Medical and sanitary report of the native army of Bengal for the year
Year: 1874
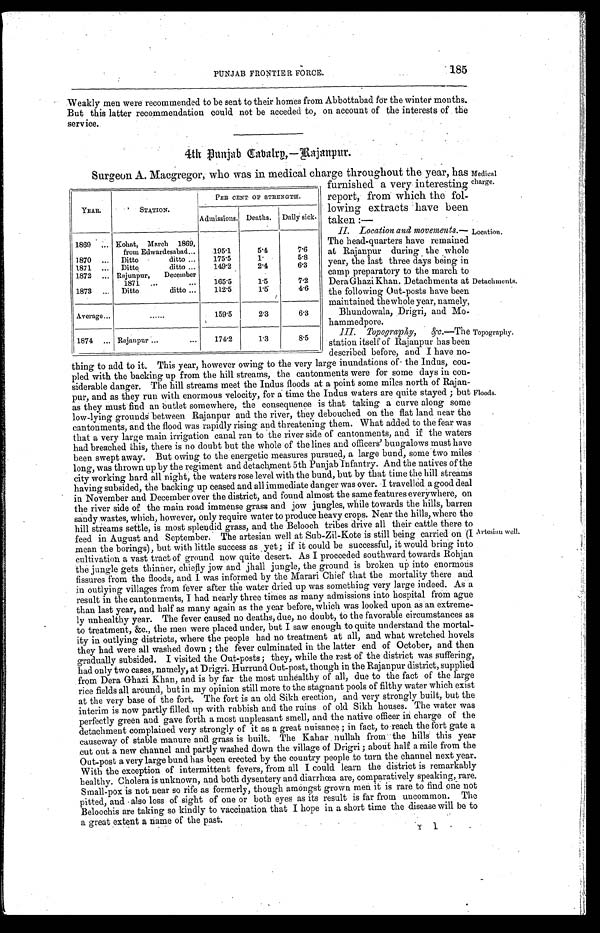
PUNJAB FRONTIER FORCE.
185
• Weakly men were recommended to be sent to their homes from Abbottabad for the winter months.
But this latter recommendation could not be acceded to, on account of the interests of the
service.
4 t h P u n j a b C a v a l r y . — R a j a n p u r
Surgeon A. Macgregor, who was in medical charge throughout the year, has Medical
charge.
YEAR.
STATION.
PER CENT OF STRENGTH.
Admissions. Deaths. Daily sick.
1869
. . . Kohat, March 1869,
from Edwardesabad...
195.1
5.4
7.6
1870 ... Ditto
ditto ...
175.5
1.
5.8
1871 ... Ditto
ditto ...
149.2
2.4
6 . 3
1872 ... Rajunpur, December
1871 ...
...
165.5
1.5
7.2
1873
Ditto
ditto ...
112.5
1.5
4.6
Average...
......
159.5
2.3
6.3
1874 ... Rajanpur ...
...
174.2
1.3
8.5
furnished a very interesting
report, from which the fol
lowing extracts have been
taken:—
II. Location and movements.—
The head-quarters have remained
at Rajanpur during the whole
year, the last three days being in
camp preparatory to the march to
Dera Ghazi Khan. Detachments at
the following Out-posts have been
maintained the whole year, namely,
Bhundowala, Drigri, and Mo-
hammedpore.
III. Topography,& c . — T h e
station itself of Rajanpur has been
described before, and I have no-
Location.
Detachments.
ropography.
thing to add to it. This year, however owing to the very large inundations of the Indus, cou
-pled with the backing up from the hill streams, the cantonments were for some days in con-
siderable danger. The hill streams meet the Indus floods at a point some miles north of Rajan--
pur, and as they run with enormous velocity, for a time the Indus waters are quite stayed; but
as they must find an outlet somewhere, the consequence is that taking a curve along some
low-lying grounds between Rajanpur and the river, they debouched on the flat land near the
cantonments, and the flood was rapidly rising and threatening them. What added to the fear was
that a very large main irrigation canal ran to the river side of cantonments, and if the waters
had breached this, there is no doubt but the whole of the lines and officers' bungalows must have
been swept away. But owing to the energetic measures pursued, a large bund, some two miles
long, was thrown up by the regiment and detachment 5th Punjab Infantry. And the natives of the
city working hard all night, the waters rose level with the bund, but by that time the hill streams
having subsided, the backing up ceased and all immediate danger was over. I travelled a good deal
in November and December over the district, and found almost the same features everywhere, on
the river side of the main road immense grass and jow jungles, while towards the hills, barren
sandy wastes, which, however, only require water to produce heavy crops. Near the hills, where the
hill streams settle, is most splendid grass, and the Belooch tribes drive all their cattle there to
feed in August and September. The artesian well at Sub-Zil-Kote is still being carried on (I
mean the borings), but with little success as yet; if it could be successful, it would bring into
cultivation a vast tract of ground now quite desert. As I proceeded southward towards Rohjan
the jungle gets thinner, chiefly jow and jhall jungle, the ground is broken up into enormous
fissures from the floods, and I was informed by the Marari Chief that the mortality there and
in outlying villages from fever after the water dried up was something very large indeed. As a
result in the cantonments, I had nearly three times as many admissions into hospital from ague
than last year, and half as many again as the year before, which was looked upon as an extreme-
ly unhealthy year. The fever caused no deaths, due, no doubt, to the favorable circumstances as
to treatment, &c., the men were placed under, but I saw enough to quite understand the mortal-
ity in outlying districts, where the people had no treatment at all, and what wretched hovels
they had were all washed down; the fever culminated in the latter end of October, and then
gradually subsided. I visited the Out-posts; they, while the rest of the district was suffering
had only two cases, namely, at Drigri. Hurrund Out-post, though in the Rajanpur district, supplied
from Dera Ghazi Khan, and is by far the most unhealthy of all, due to the fact of the large
rice fields all around, but in my opinion still more to the stagnant pools of filthy water which exist
at the very base of the fort. The fort is an old Sikh erection, and very strongly built, but the
interim is now partly filled up with rubbish and the ruins of old Sikh houses. The water was
perfectly green and gave forth a most unpleasant smell, and the native officer in charge of the
detachment complained very strongly of it as a great nuisance; in fact, to reach the fort gate a
causeway of stable manure and grass is built. The Kahar nullah from the hills this year
cut out a new channel and partly washed down the village of Drigri; about half a mile from the
Out-post a very large bund has been erected by the country people to turn the channel next year.
With the exception of intermittent fevers, from all I could learn the district is remarkably
healthy. Cholera is unknown, and both dysentery and diarrhœa are, comparatively speaking, rare.
Small-pox is not near so rife as formerly, though amongst grown men it is rare to find one not
pitted, and also loss of sight of one or both eyes as its result is far from uncommon. The
Beloochis are taking so kindly to vaccination that I hope in a short time the disease will be to
a great extent a name of the past.
Y 1
Floods.
Artesian well.